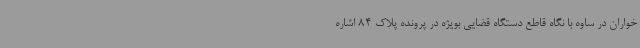
خواران در ساوه با نگاه قاطع دستگاه قضایی بویژه در پرونده پلاک 84 اشاره